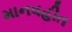
માનવહીત